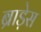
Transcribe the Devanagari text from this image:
ब्राड़ेस